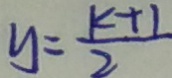
y = \frac { k + 1 } { 2 }